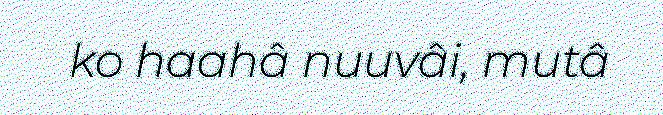
ko haahâ nuuvâi, mutâ